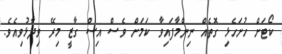
ކޯޓަށް ހުށަހެޅި ގޮތެއް ނިންމާފައިވާ ކަމަށް ވެސް އިސް ގާޒީ މިރޭ ވިދާޅުވިއެވެ.